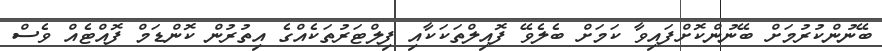
ބޭނުންކުރުމަށް ބޭނުންކޮށްފައިވާ ކަމަށް ބެލެވޭ ފޮއިލްތަކަކާއި ފިލްޓަރުތަކެއްގެ އިތުރުން ކޮންޑަމް ފޮއްޓެއް ވެސް